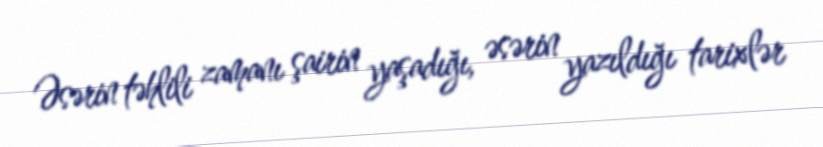
Əsərin təhlili zamanı şairin yaşadığı, əsərin yazıldığı tarixlər